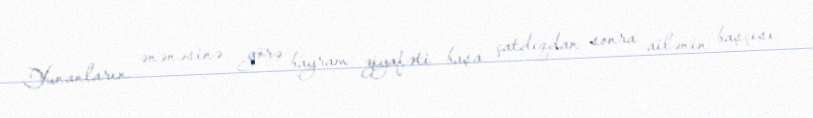
Yunanların ənənəsinə görə bayram ziyafəti başa çatdıqdan sonra ailənin başçısı